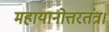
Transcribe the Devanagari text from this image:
महायानोत्तरतंत्र।